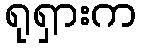
ရုရှားက